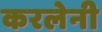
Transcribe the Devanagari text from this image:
करलेनी